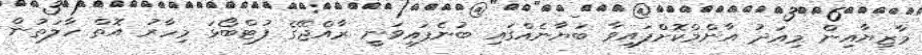
މާޒިޔާއިން މިއަދު އާންމްކޮށްފައިވާ ބަޔާނެއްގައި ބުނެފައިވަނީ ރާއްޖޭގެ ފުޓްބޯޅަ މިހާރު އޮތް ހާލަތުން